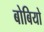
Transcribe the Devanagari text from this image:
बोबियो